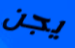
يجن